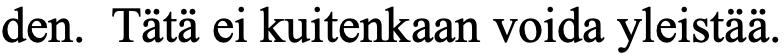
den. Tätä ei kuitenkaan voida yleistää.